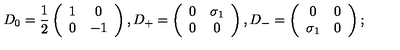
D _ { 0 } = \frac { 1 } { 2 } \left( \begin{array} { c c } { 1 } & { 0 } \\ { 0 } & { - 1 } \\ \end{array} \right) , D _ { + } = \left( \begin{array} { c c } { 0 } & { \sigma _ { 1 } } \\ { 0 } & { 0 } \\ \end{array} \right) , D _ { - } = \left( \begin{array} { c c } { 0 } & { 0 } \\ { \sigma _ { 1 } } & { 0 } \\ \end{array} \right) ;